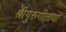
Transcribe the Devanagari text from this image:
श्रीगुरुगीतायां